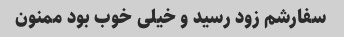
سفارشم زود رسید و خیلی خوب بود ممنون